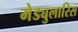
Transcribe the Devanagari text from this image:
मेड्युलारिस